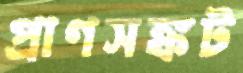
প্রাণসঙ্কট